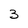
Character: 3